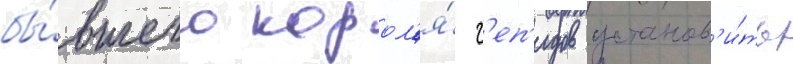
бы́вшего корол'я́ г'еп'идов установ'и́ть